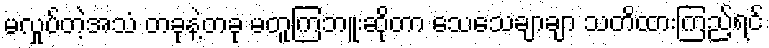
မလှုပ်တဲ့အသံ တခုနဲ့တခု မတူကြဘူးဆိုတာ သေသေချာချာ သတိထားကြည့်ရင်